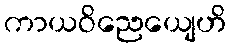
ကာယဝိညေယျေဟိ